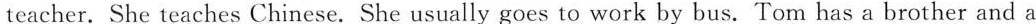
teacher. She teaches Chinese. She usually goes to work by bus. Tom has a brother and a